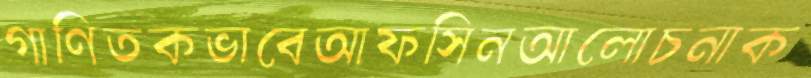
গাণিতকভাবেআফসিনআলোচনাক